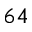
^ { 6 4 }